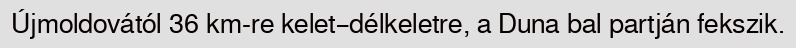
Újmoldovától 36 km-re kelet–délkeletre, a Duna bal partján fekszik.